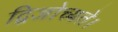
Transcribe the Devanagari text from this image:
द्विजोच्यते।